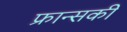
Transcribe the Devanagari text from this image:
फ्रान्सकी